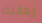
إرهابية